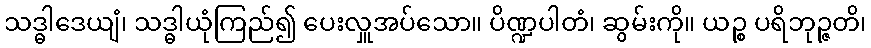
သဒ္ဓါဒေယျံ၊ သဒ္ဓါယုံကြည်၍ ပေးလှူအပ်သော။ ပိဏ္ဍပါတံ၊ ဆွမ်းကို။ ယဉ္စ ပရိဘုဉ္ဇတိ၊